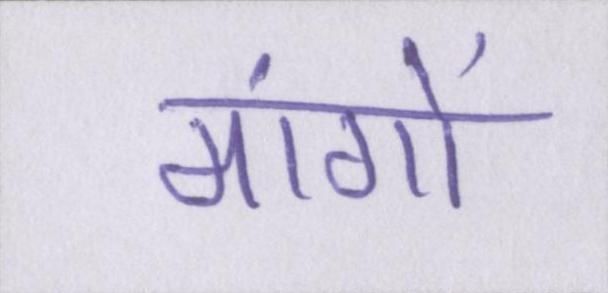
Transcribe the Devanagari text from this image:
मांगों